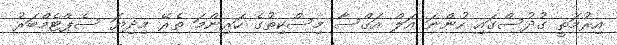
އިރުމަތީ ގުދުސްގައި ހުންނަ އަލް އަޤްސާ މިސްކިތުގެ ހަރިންމަ ތެރޭ މިދިޔަ ސެޕްޓެމްބަރު